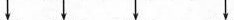
\downarrow \downarrow \downarrow \downarrow